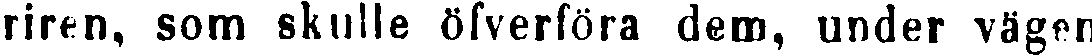
riren, som skulle öfverföra dem, under vägen